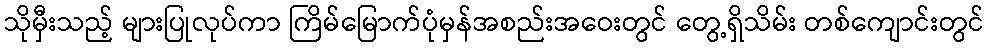
သိုမှီးသည့် များပြုလုပ်ကာ ကြိမ်မြောက်ပုံမှန်အစည်းအဝေးတွင် တွေ့ရှိသိမ်း တစ်ကျောင်းတွင်